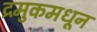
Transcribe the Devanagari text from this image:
द्रमुकमधून